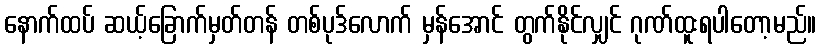
နောက်ထပ် ဆယ့်ခြောက်မှတ်တန် တစ်ပုဒ်လောက် မှန်အောင် တွက်နိုင်လျှင် ဂုဏ်ထူးရပါတော့မည်။